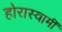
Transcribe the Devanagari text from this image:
होरास्वामीं